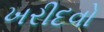
ખરીદવો